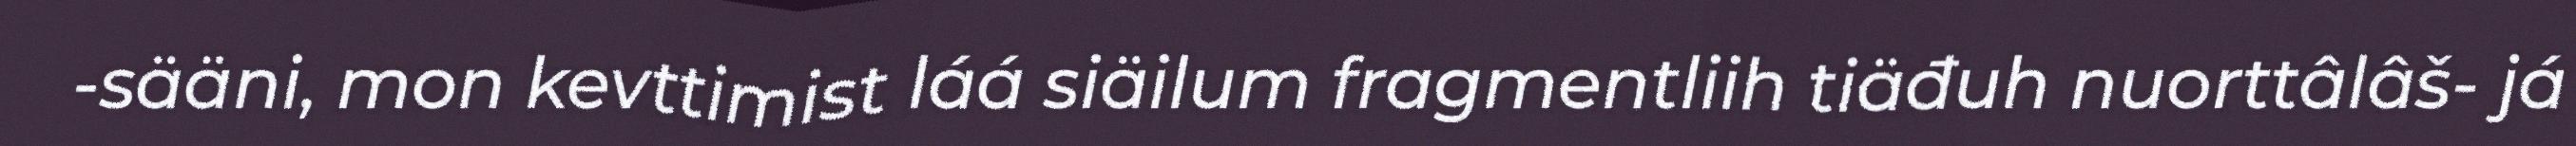
-sääni, mon kevttimist láá siäilum fragmentliih tiäđuh nuorttâlâš- já